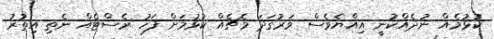
ކުޅުމެއް ނުދެއްކުނީ އިއްޔެވެސް ވަރުގަދަ މެޗެއް ކުޅުމަށް ފަހު ރެސްޓެއް ނެތި އިތުރު